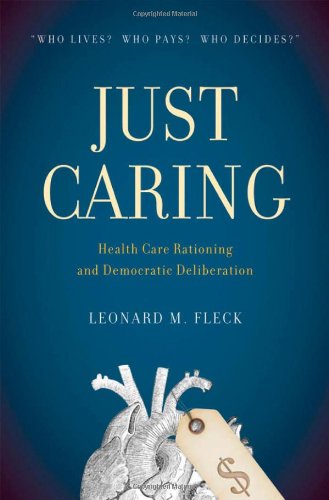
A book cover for Just Caring: Health Reform; Leonard M. Fleck; Business & Money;